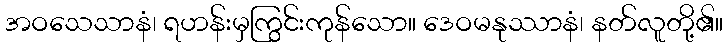
အဝသေသာနံ၊ ရဟန်းမှကြွင်းကုန်သော။ ဒေဝမနုဿာနံ၊ နတ်လူတို့၏။